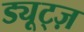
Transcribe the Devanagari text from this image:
ड्यूट्ज़